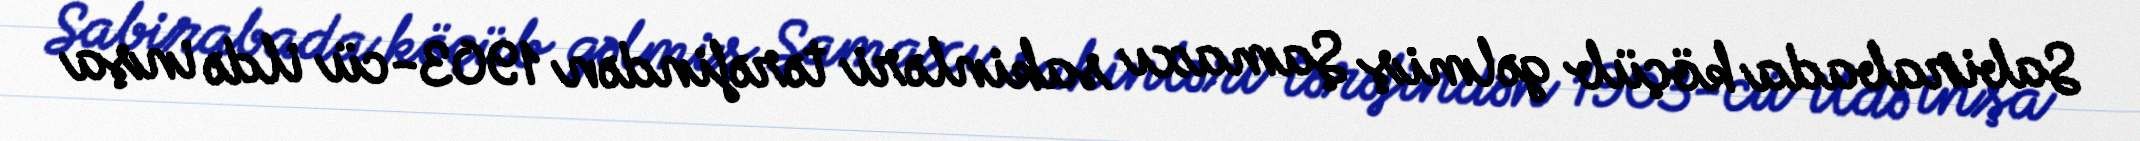
Sabirabada köçüb gəlmiş Şamaxı sakinləri tərəfindən 1903-cü ildə inşa